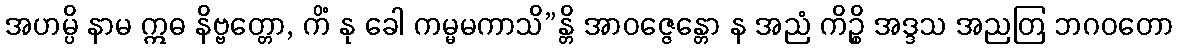
အဟမ္ပိ နာမ ဣဓ နိဗ္ဗတ္တော, ကိံ နု ခေါ ကမ္မမကာသိ”န္တိ အာဝဇ္ဇေန္တော န အညံ ကိဉ္စိ အဒ္ဒသ အညတြ ဘဂဝတော